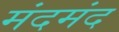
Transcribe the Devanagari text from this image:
मंदमंद